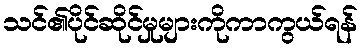
သင်၏ပိုင်ဆိုင်မှုများကိုကာကွယ်ရန်